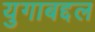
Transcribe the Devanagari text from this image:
युगाबद्दल